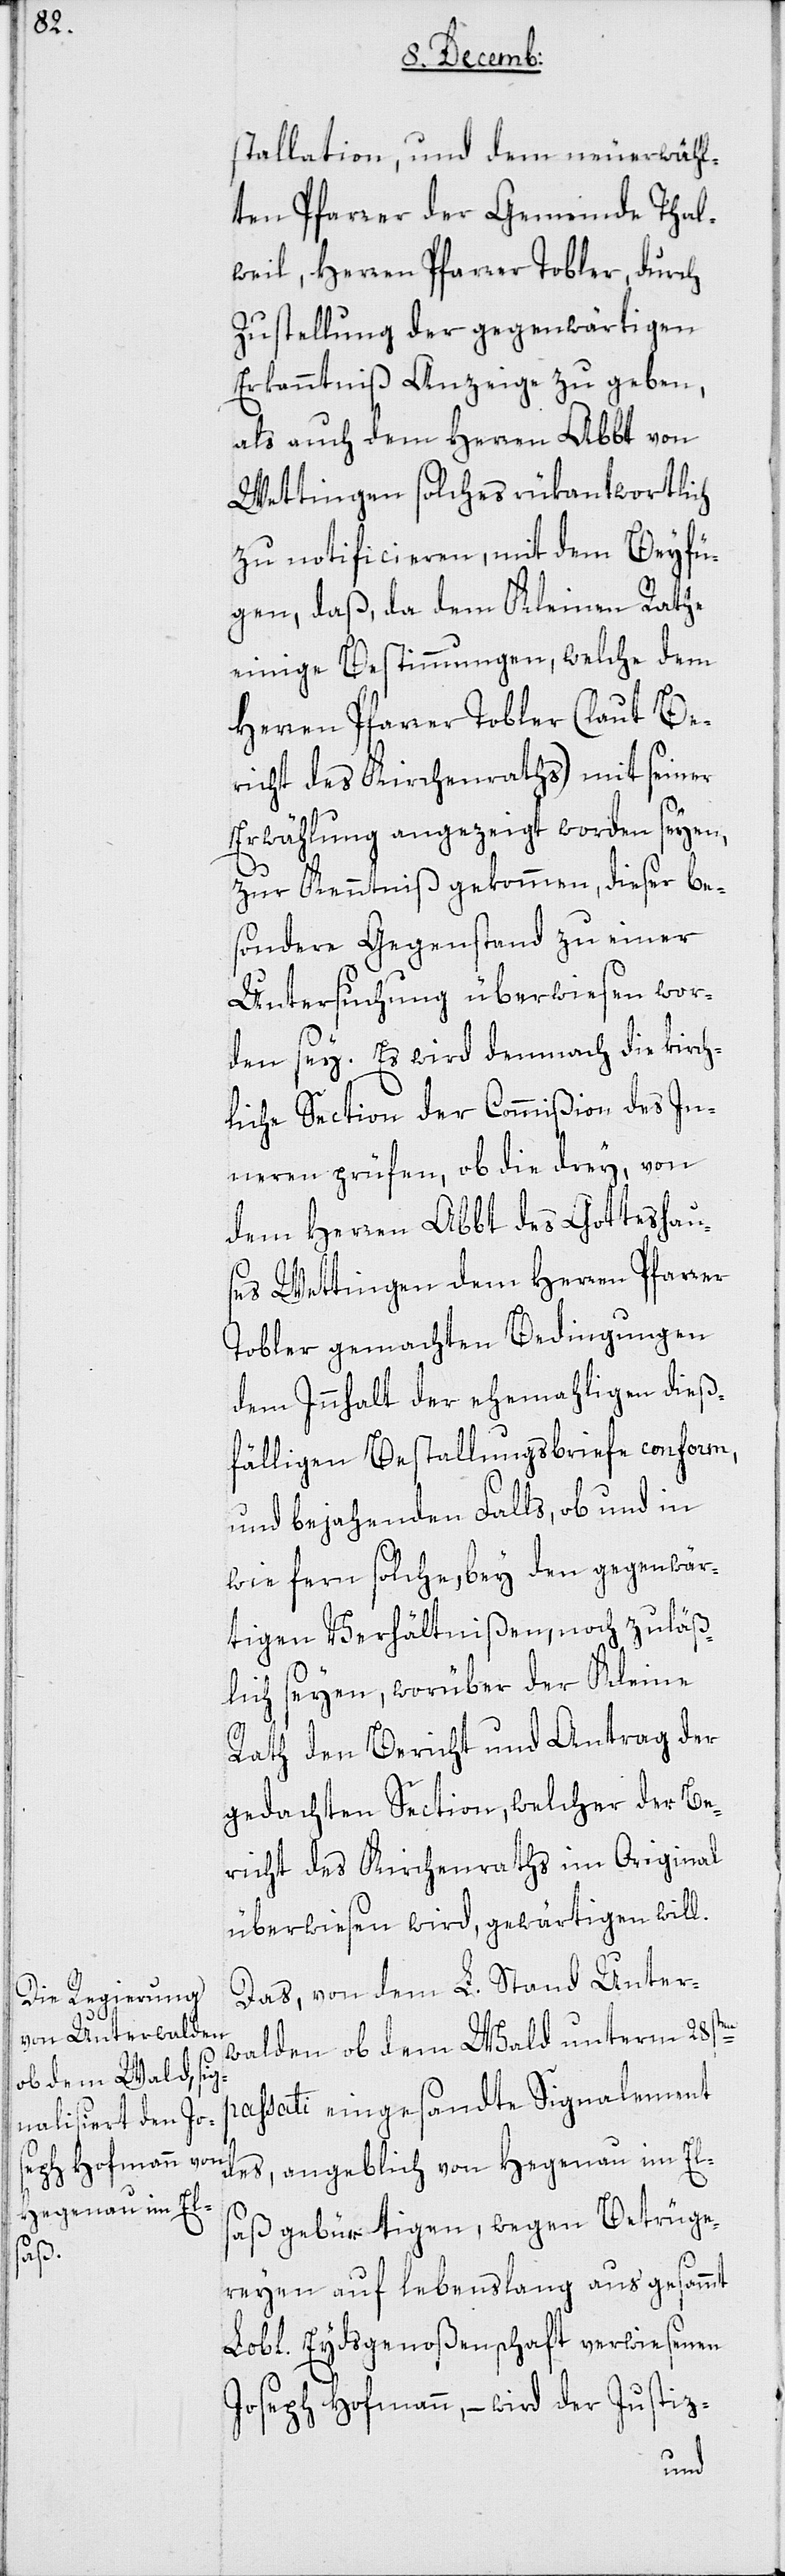
stallation, und dem neuerwähl¬
ten Pfarrer der Gemeinde Thal¬
weil, Herren Pfarrer Tobler, durch
Zustellung der gegenwärtigen
Erkanntniß Anzeige zu geben,
als auch dem Herren Abbt von
Wettingen solches rükantwortlich
zu notificieren, mit dem Beyfü¬
gen, daß, da dem Kleinen Rathe
einige Bestimmungen, welche dem
Herren Pfarrer Tobler (laut Be¬
richt des Kirchenraths) mit seiner
Erwählung angezeigt worden seyen,
zur Kenntniß gekommen, dieser be¬
sondere Gegenstand zu einer
Untersuchung überwiesen wor¬
den sey. Es wird demnach die kirch¬
liche Section der Commißion des In¬
neren prüfen, ob die drey, von
dem Herren Abbt des Gotteshau¬
ses Wettingen dem Herren Pfarrer
Tobler gemachten Bedingungen
dem Innhalt der ehemaligen dieß¬
fälligen Bestallungsbriefe conform,
und bejahenden Falls, ob und in
wie fern solche, bey den gegenwär¬
tigen Verhältnißen, noch zuläß¬
ig seyen, worüber der Kleine
Rath den Bericht und Antrag der
gedachten Section, welcher der Be¬
richt des Kirchenraths im Original
überwiesen wird, gewärtigen will.
Das von dem L. Stand Unter¬
walden ob dem Wald unterm 28sten
passati eingesandte Signalement
des, angeblich von Hegenau im Els¬
aß gebürtigen, wegen Betrüge¬
reyen auf lebenslang aus gesammt
Lobl. Eydsgenoßenschaft verwiesenen
Joseph Hofmann, – wird der Justiz-